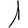
Digit: 1